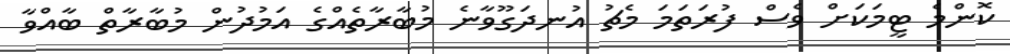
ކޮންމެ ޓީމަކަށް ވެސް ފުރަތަމަ މެޗު އުނދަގޫވާނެ މުބާރާތެއްގެ އަމުދުން މުބާރާތް ބާއްވާ